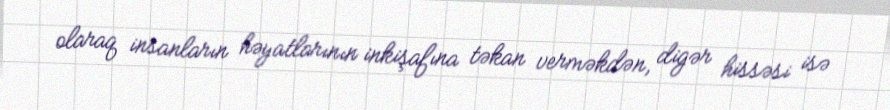
olaraq insanların həyatlarının inkişafına təkan verməkdən, digər hissəsi isə